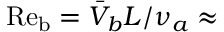
\mathrm { R e _ { b } } = \bar { V } _ { b } L / \nu _ { a } \approx